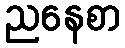
ညနေစာ